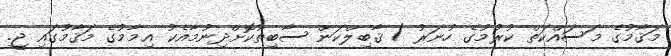
މަޤާމުގެ މަސައްކަތް ކުރުމުގެ ހުނަރު / ޤާބިލްކަން ސާބިތުކޮށްދިނުމާއެކު އިމާމުގެ މަޤާމުގައި ޖީ.